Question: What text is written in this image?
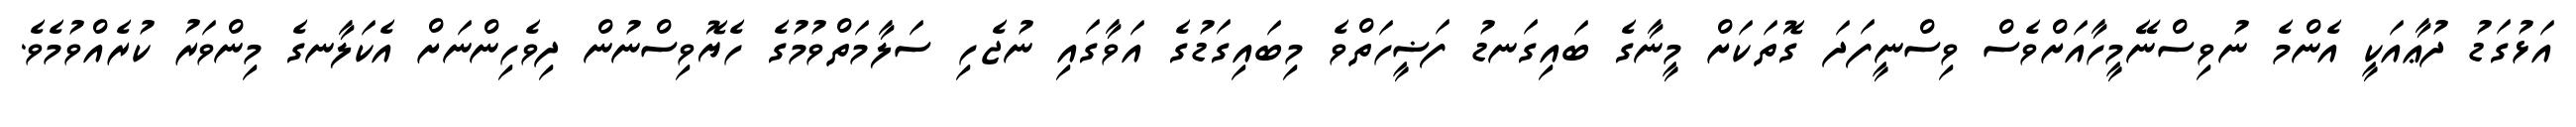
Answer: އަޅުގަޑު ދުޢާއަކީ އެންމެ ނުވިސްނޭމީހާއަށްވެސް ވިސްނީފަދަ ގޮތަކަށް މީނާގެ ބައިގަނޑު ފަޟީހަތްވެ މިބައިގަޑުގެ އަވާގައި ނުޖެހި ސަލާމަތްވުމުގެ ހެޔޮވިސްނުން ދިވެހިންނަށް އެކަލާނގެ މިންވަރު ކުރެއްވުމެވެ.